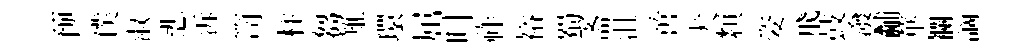
预僕淑悲泝笥柱芻雉環屈呌祚裕蜀斋沮啻犬纇姿飛鼓潑黼華襴謫